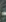
-